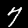
Digit: 7